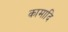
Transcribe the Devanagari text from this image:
कामादि